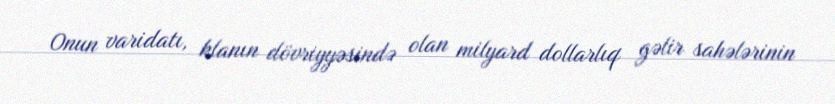
Onun varidatı, klanın dövriyyəsində olan milyard dollarlıq gəlir sahələrinin